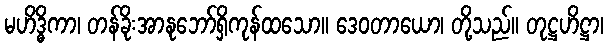
မဟိဒ္ဓိကာ၊ တန်ခိုးအာနုဘော်ရှိကုန်ထသော။ ဒေဝတာယော၊ တို့သည်။ တုဋ္ဌဟိဋ္ဌာ၊